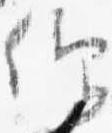
仰